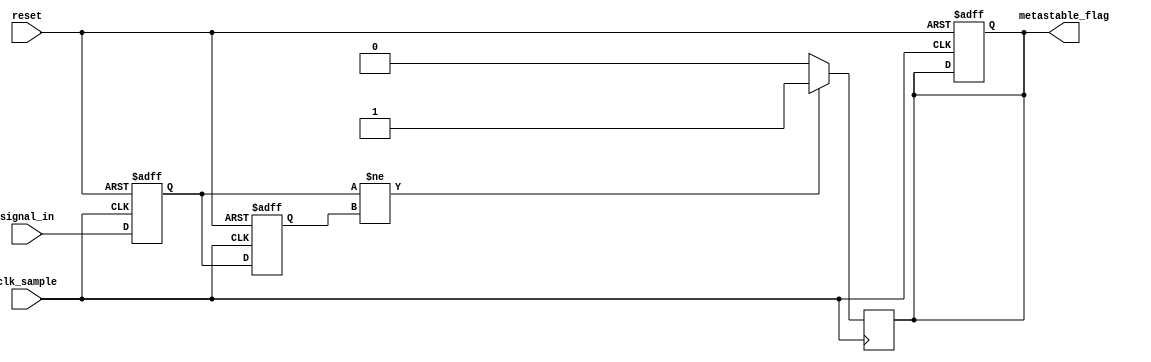
module metastability_detector (
    input wire clk_sample,      // Sampling clock
    input wire reset,           // Asynchronous reset
    input wire signal_in,       // Input signal to monitor
    output reg metastable_flag   // Metastability detection flag
);

    // Internal signals
    reg reg1, reg2;            // Two-stage registers to sample signal_in
    reg reg1_prev;             // Previous state of reg1 for detection logic

    // Always block for sampling the input signal
    always @(posedge clk_sample or posedge reset) begin
        if (reset) begin
            reg1 <= 1'b0;      // Initialize reg1 on reset
            reg2 <= 1'b0;      // Initialize reg2 on reset
            metastable_flag <= 1'b0; // Clear metastable flag on reset
            reg1_prev <= 1'b0; // Initialize previous reg1 state
        end else begin
            reg1 <= signal_in; // Sample signal_in to reg1
            reg2 <= reg1;      // Sample reg1 to reg2
            // Update the previous state of reg1
            reg1_prev <= reg1; 
        end
    end

    // Always block for metastability detection logic
    always @(posedge clk_sample) begin
        // Check for potential metastability condition
        if (reg1 != reg1_prev) begin
            metastable_flag <= 1'b1; // Set flag if reg1 has changed
        end else begin
            metastable_flag <= 1'b0; // Clear flag if stable
        end
    end

endmodule